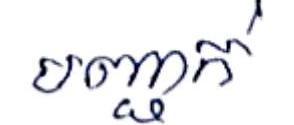
បញ្ជាក់